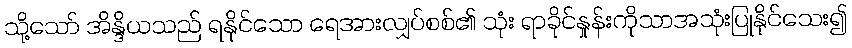
သို့သော် အိန္ဒိယသည် ရနိုင်သော ရေအားလျှပ်စစ်၏ သုံး ရာခိုင်နှုန်းကိုသာအသုံးပြုနိုင်သေး၍